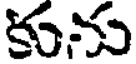
కును